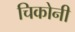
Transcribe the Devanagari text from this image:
चिकोनी